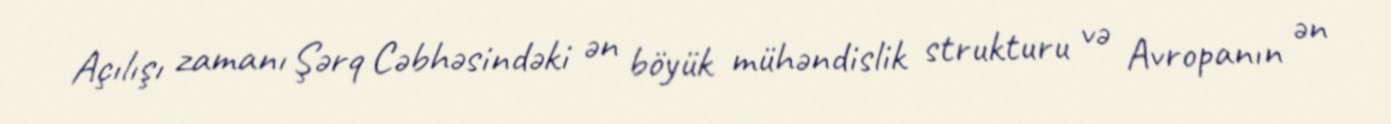
Açılışı zamanı Şərq Cəbhəsindəki ən böyük mühəndislik strukturu və Avropanın ən